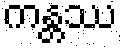
ကန္တဿ